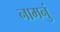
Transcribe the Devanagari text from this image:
नामनुं